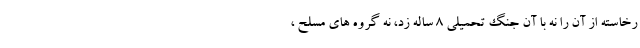
رخاسته از آن را نه با آن جنگ تحمیلی 8 ساله زد، نه گروه های مسلح ،